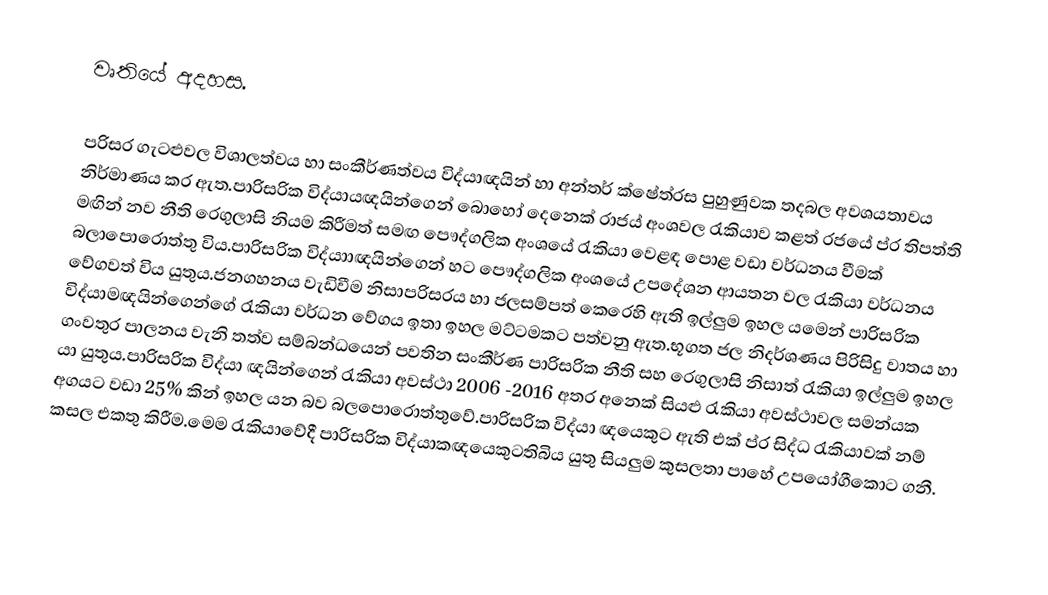
වෘතියේ අදහස.

පරිසර ගැටළුවල විශාලත්වය හා සංකීර්ණත්වය විද්යා‍ඥයින් හා අන්තර් ක්ෂේත්රස පුහුණුවක තදබල අවශ‍යතාවය නිර්මාණය කර ඇත.පාරිසරික විද්යායඥයින්ගෙන්  බොහෝ දෙනෙක් රාජ‍ය් අංශවල රැකියාව කළත් රජ‍යේ ප්ර තිපත්ති මඟින් නව නීති රෙගුලාසි නියම කිරීමත් සමඟ පෞද්ගලික අංශයේ රැකියා වෙළඳ පොළ  වඩා වර්ධනය වීමක් බලාපොරොත්තු විය.පාරිසරික විද්යාාඥයින්ගෙන් හට  පෞද්ගලික අංශයේ උපදේශන ආයතන වල රැකියා වර්ධනය වේගවත් විය යුතුය.ජනගහනය වැඩිවීම නිසාපරිසරය හා ජලසම්පත් කෙරෙහි ඇති ඉල්ලුම ඉහල යමෙන් පාරිසරික විද්යාමඥයින්ගෙන්ගේ රැකියා වර්ධන වේගය ඉතා ඉහල මට්ටමකට පත්වනු ඇත.භූගත ජල නිදර්ශණය පිරිසිදු වාතය හා ගංවතුර පාලනය වැනි තත්ව සම්බන්ධයෙන් පවතින සංකීර්ණ පාරිසරික නීති සහ රෙගුලාසි නිසාත්  රැකියා ඉල්ලුම ඉහල යා යුතුය.පාරිසරික විද්යා ඥයින්ගෙන් රැකියා අවස්ථා 2006 -2016 අතර අනෙක් සියළු රැකියා අවස්ථාවල සමන්යක අගයට වඩා 25% කින් ඉහල යන බව බලපොරොත්තුවේ.පාරිසරික විද්යා ඥයෙකුට ඇති එක් ප්ර සිද්ධ රැකියාවක් නම් කසල එකතු කිරීම.මෙම රැකියාවේදී පාරිසරික විද්යාකඥයෙකුටතිබිය යුතු සියලුම කුසලතා පාහේ උපයෝගීකොට ගනී.